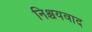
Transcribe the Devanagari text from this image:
निश्चयवाद